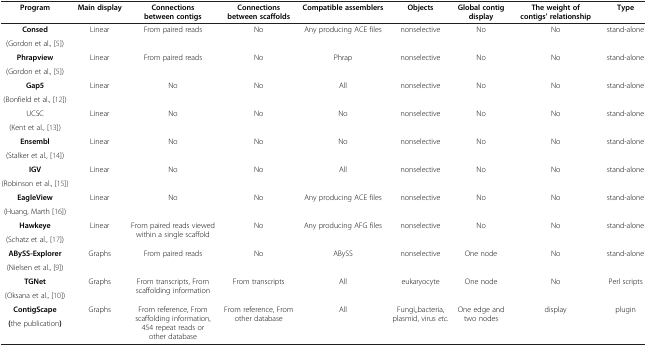
<table><thead><tr><td><b>Program</b></td><td><b>Main display</b></td><td><b>Connections between contigs</b></td><td><b>Connections between scaffolds</b></td><td><b>Compatible assemblers</b></td><td><b>Objects</b></td><td><b>Global contig display</b></td><td><b>The weight of contigs’ relationship</b></td><td><b>Type</b></td></tr></thead><tbody><tr><td><b>Consed</b></td><td rowspan="2">Linear</td><td rowspan="2">From paired reads</td><td rowspan="2">No</td><td rowspan="2">Any producing ACE files</td><td rowspan="2">nonselective</td><td rowspan="2">No</td><td rowspan="2">No</td><td rowspan="2">stand-alone</td></tr><tr><td>(Gordon et al., [5])</td></tr><tr><td><b>Phrapview</b></td><td rowspan="2">Linear</td><td rowspan="2">From paired reads</td><td rowspan="2">No</td><td rowspan="2">Phrap</td><td rowspan="2">nonselective</td><td rowspan="2">No</td><td rowspan="2">No</td><td rowspan="2">stand-alone</td></tr><tr><td>(Gordon et al., [5])</td></tr><tr><td><b>Gap5</b></td><td rowspan="2">Linear</td><td rowspan="2">No</td><td rowspan="2">No</td><td rowspan="2">All</td><td rowspan="2">nonselective</td><td rowspan="2">No</td><td rowspan="2">No</td><td rowspan="2">stand-alone</td></tr><tr><td>(Bonfield et al., [12])</td></tr><tr><td>UCSC</td><td rowspan="2">Linear</td><td rowspan="2">No</td><td rowspan="2">No</td><td rowspan="2">No</td><td rowspan="2">nonselective</td><td rowspan="2">No</td><td rowspan="2">No</td><td rowspan="2">stand-alone</td></tr><tr><td>(Kent et al., [13])</td></tr><tr><td><b>Ensembl</b></td><td rowspan="2">Linear</td><td rowspan="2">No</td><td rowspan="2">No</td><td rowspan="2">No</td><td rowspan="2">nonselective</td><td rowspan="2">No</td><td rowspan="2">No</td><td rowspan="2">stand-alone</td></tr><tr><td>(Stalker et al., [14])</td></tr><tr><td><b>IGV</b></td><td rowspan="2">Linear</td><td rowspan="2">No</td><td rowspan="2">No</td><td rowspan="2">All</td><td rowspan="2">nonselective</td><td rowspan="2">No</td><td rowspan="2">No</td><td rowspan="2">stand-alone</td></tr><tr><td>(Robinson et al., [15])</td></tr><tr><td><b>EagleView</b></td><td rowspan="2">Linear</td><td rowspan="2">No</td><td rowspan="2">No</td><td rowspan="2">Any producing ACE files</td><td rowspan="2">nonselective</td><td rowspan="2">No</td><td rowspan="2">No</td><td rowspan="2">stand-alone</td></tr><tr><td>(Huang, Marth [16])</td></tr><tr><td><b>Hawkeye</b></td><td rowspan="2">Linear</td><td rowspan="2">From paired reads viewed within a single scaffold</td><td rowspan="2">No</td><td rowspan="2">Any producing AFG files</td><td rowspan="2">nonselective</td><td rowspan="2">No</td><td rowspan="2">No</td><td rowspan="2">stand-alone</td></tr><tr><td>(Schatz et al., [17])</td></tr><tr><td><b>ABySS-Explorer</b></td><td rowspan="2">Graphs</td><td rowspan="2">From paired reads</td><td rowspan="2">No</td><td rowspan="2">ABySS</td><td rowspan="2">nonselective</td><td rowspan="2">One node</td><td rowspan="2">No</td><td rowspan="2">stand-alone</td></tr><tr><td>(Nielsen et al., [9])</td></tr><tr><td><b>TGNet</b></td><td rowspan="2">Graphs</td><td rowspan="2">From transcripts, From scaffolding information</td><td rowspan="2">From transcripts</td><td rowspan="2">All</td><td rowspan="2">eukaryocyte</td><td rowspan="2">One node</td><td rowspan="2">No</td><td rowspan="2">Perl scripts</td></tr><tr><td>(Oksana et al., [10])</td></tr><tr><td><b>ContigScape</b></td><td>Graphs</td><td>From reference, From scaffolding information, 454 repeat reads or other database</td><td>From reference, From other database</td><td>All</td><td>Fungi,,bacteria, plasmid, virus <i>etc.</i></td><td>One edge and two nodes</td><td>display</td><td>plugin</td></tr><tr><td><b>(</b>the publication<b>)</b></td><td> </td><td> </td><td> </td><td> </td><td> </td><td> </td><td> </td><td> </td></tr></tbody></table>